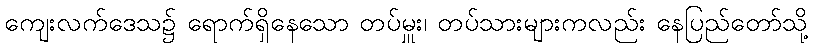
ကျေးလက်ဒေသ၌ ရောက်ရှိနေသော တပ်မှူး၊ တပ်သားများကလည်း နေပြည်တော်သို့